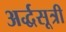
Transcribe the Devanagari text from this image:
अर्द्धसूत्री